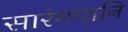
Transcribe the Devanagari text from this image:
सारंगपानि